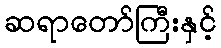
ဆရာတော်ကြီးနှင့်